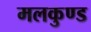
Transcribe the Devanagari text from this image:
मलकुण्ड